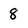
Character: 8